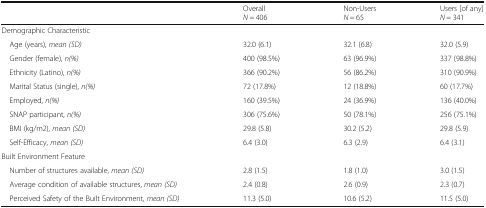
<table><thead><tr><td></td><td><b>Overall<i>N</i> = 406</b></td><td><b>Non-Users<i>N</i> = 65</b></td><td><b>Users [of any]<i>N</i> = 341</b></td></tr></thead><tbody><tr><td colspan="4">Demographic Characteristic</td></tr><tr><td> Age (years), <i>mean (SD)</i></td><td>32.0 (6.1)</td><td>32.1 (6.8)</td><td>32.0 (5.9)</td></tr><tr><td> Gender (female), <i>n(%)</i></td><td>400 (98.5%)</td><td>63 (96.9%)</td><td>337 (98.8%)</td></tr><tr><td> Ethnicity (Latino), <i>n(%)</i></td><td>366 (90.2%)</td><td>56 (86.2%)</td><td>310 (90.9%)</td></tr><tr><td> Marital Status (single), <i>n(%)</i></td><td>72 (17.8%)</td><td>12 (18.8%)</td><td>60 (17.7%)</td></tr><tr><td> Employed, <i>n(%)</i></td><td>160 (39.5%)</td><td>24 (36.9%)</td><td>136 (40.0%)</td></tr><tr><td> SNAP participant, <i>n(%)</i></td><td>306 (75.6%)</td><td>50 (78.1%)</td><td>256 (75.1%)</td></tr><tr><td> BMI (kg/m2), <i>mean (SD)</i></td><td>29.8 (5.8)</td><td>30.2 (5.2)</td><td>29.8 (5.9)</td></tr><tr><td> Self-Efficacy, <i>mean (SD)</i></td><td>6.4 (3.0)</td><td>6.3 (2.9)</td><td>6.4 (3.1)</td></tr><tr><td colspan="4">Built Environment Feature</td></tr><tr><td> Number of structures available, <i>mean (SD)</i></td><td>2.8 (1.5)</td><td>1.8 (1.0)</td><td>3.0 (1.5)</td></tr><tr><td> Average condition of available structures, <i>mean (SD)</i></td><td>2.4 (0.8)</td><td>2.6 (0.9)</td><td>2.3 (0.7)</td></tr><tr><td> Perceived Safety of the Built Environment, <i>mean (SD)</i></td><td>11.3 (5.0)</td><td>10.6 (5.2)</td><td>11.5 (5.0)</td></tr></tbody></table>